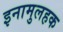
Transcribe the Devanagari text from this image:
इनामुलहक